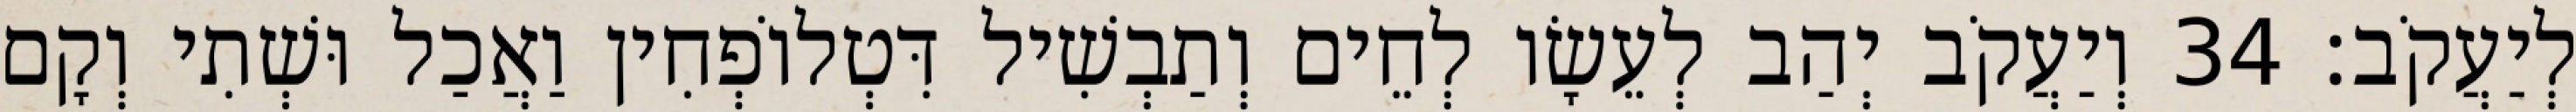
לְיַעֲקֹב׃ 34 וְיַעֲקֹב יְהַב לְעֵשָׂו לְחֵים וְתַבְשִׁיל דִּטְלוֹפְחִין וַאֲכַל וּשְׁתִי וְקָם